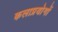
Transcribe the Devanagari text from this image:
कलाप्रयोगों